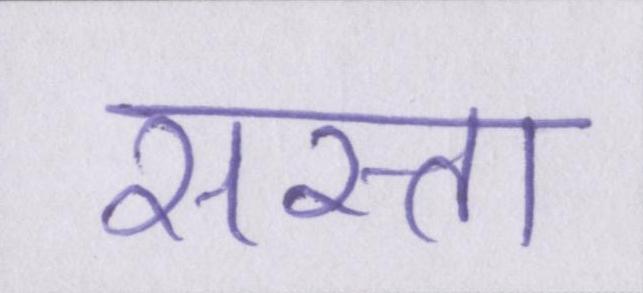
सस्ता